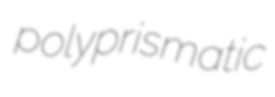
polyprismatic